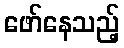
ဖော်နေသည့်